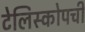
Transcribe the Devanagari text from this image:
टेलिस्कोपची